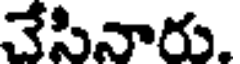
చేసినారు.